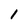
Character: 1